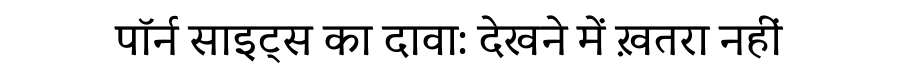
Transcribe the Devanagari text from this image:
पॉर्न साइट्स का दावा: देखने में ख़तरा नहीं